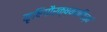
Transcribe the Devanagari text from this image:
कृषिगौरक्ष्यवाणिज्यं